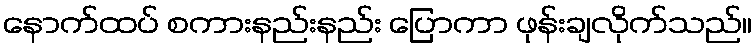
နောက်ထပ် စကားနည်းနည်း ပြောကာ ဖုန်းချလိုက်သည်။